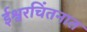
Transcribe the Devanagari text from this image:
ईश्वरचिंतनात